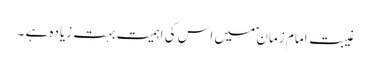
غیبت امام زمان ؑ میں اس کی اہمیت بہت زیادہ ہے ۔